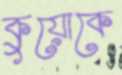
কুয়োকে